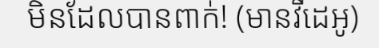
មិនដែលបានពាក់! (មានវីដេអូ)